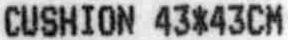
CUSHION 43*43CM